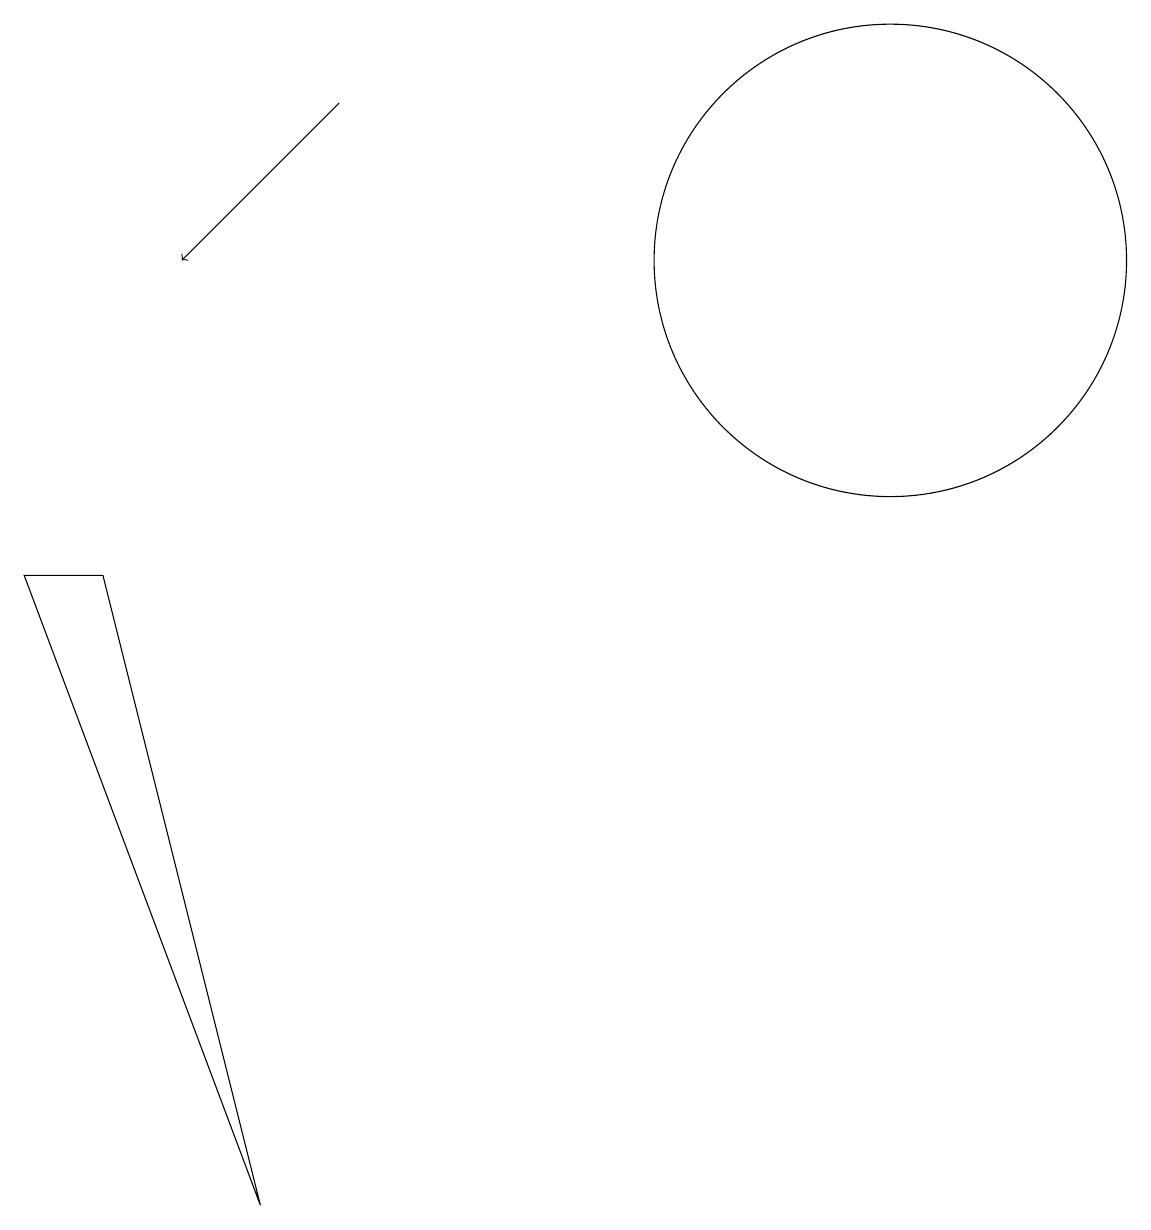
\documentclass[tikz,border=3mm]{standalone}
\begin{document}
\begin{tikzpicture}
\draw (2,8) -- (1,8) -- (4,0) -- cycle;
\draw (12,12) circle (3);
\draw[->] (5,14) -- (3,12);
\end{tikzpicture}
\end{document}